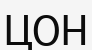
ЦОН